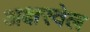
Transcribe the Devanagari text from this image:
अक्षरवेल